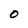
Character: 0